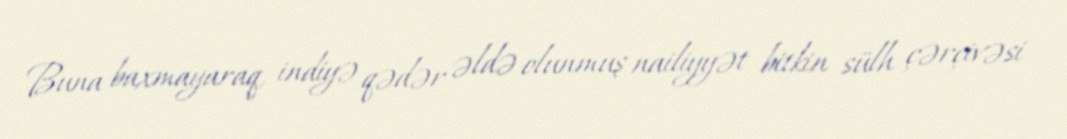
Buna baxmayaraq, indiyə qədər əldə olunmuş nailiyyət bitkin sülh çərçivəsi